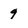
Character: 9